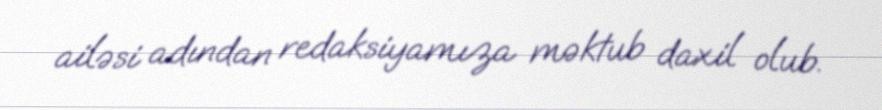
ailəsi adından redaksiyamıza məktub daxil olub.